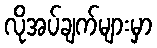
လိုအပ်ချက်များမှာ